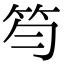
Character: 笉